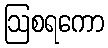
ဩစရကော